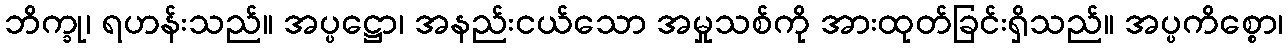
ဘိက္ခု၊ ရဟန်းသည်။ အပ္ပဋ္ဌော၊ အနည်းငယ်သော အမှုသစ်ကို အားထုတ်ခြင်းရှိသည်။ အပ္ပကိစ္စော၊